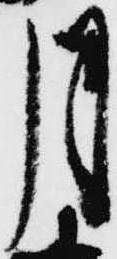
月